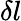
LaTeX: \delta l